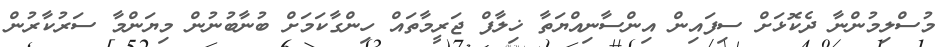
މުސްލިމުންނާ ދެކޮޅަށް ސިފައިން އިންސާނިއްޔަތާ ޚިލާފް ޖަރީމާތައް ހިންގާކަމަށް ބުނާބުނުން މިޔަންމާ ސަރުކާރުން